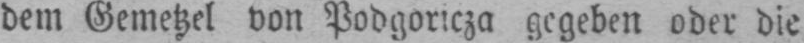
dem Gemetzel von Podgoricza gegeben oder die